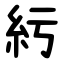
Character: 䊸